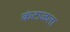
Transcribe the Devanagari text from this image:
कंटाळला